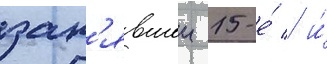
зан'явшеи 15-е́ / и́